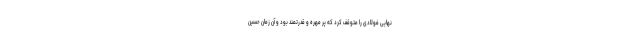
نهایی فولادی را متوقف کرد که پر مهره و قدرتمند بود و آن زمان حسین